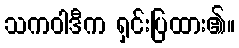
သကဝါဒီက ရှင်းပြထား၏။